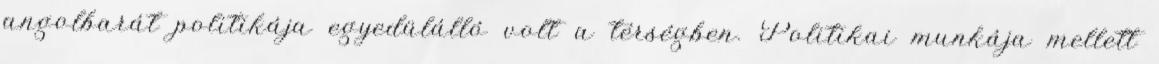
angolbarát politikája egyedülálló volt a térségben. Politikai munkája mellett